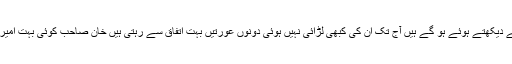
اچھے آدمی ہیں ان کی دو بیویاں ہیں دونوں ایک ساتھ رہتی ہیں تقریباِ دس سال مجھے دیکھتے ہوئے ہو گے ہیں آج تک ان کی کبھی لڑائی نہیں ہوئی دونوں عورتیں بہت اتفاق سے رہتی ہیں خان صاحب کوئی بہت امیر انسان نہیں ہیں – — میں ہمشہ سوچ کر حیران ہو جاتا ہوں کہ یہ کیسے ممکن ہے۔